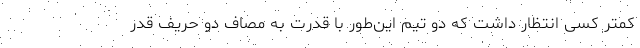
کمتر کسی انتظار داشت که دو تیم این‌طور با قدرت به مصاف دو حریف قدر